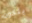
يتكون